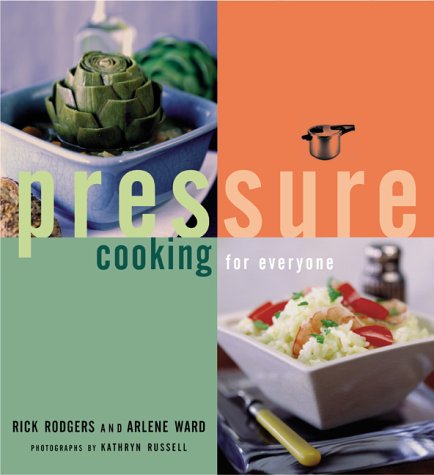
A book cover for Pressure Cooking for Everyone; Rick Rodgers; Cookbooks, Food & Wine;